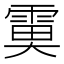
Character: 𩃙